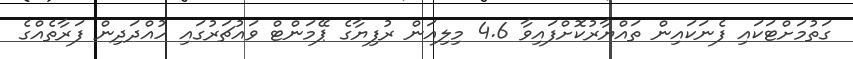
ގަތުމަށްޓަކައި ފެނަކައިން ތައްޔާރުކޮށްފައިވާ 4.6 މިލިއަން ރުފިޔާގެ ޕޭމަންޓް ވައުޗަރުގައި ހުއްދަދިން ފަރާތެއްގެ